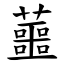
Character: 蘁